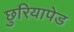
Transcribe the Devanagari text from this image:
छुरियापेड